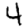
Digit: 4